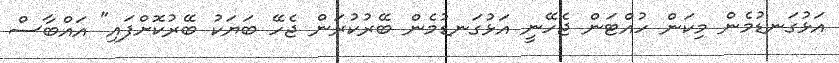
އަޅުގަނޑުމެން މިކަން ހުއްޓަން ޖެހޭނީ އަޅުގަނޑުމެން ބޭރުކުރަން ޖެހޭ ބަޔަކު ބޭރުކޮށްފައި" އައްބާސް